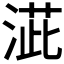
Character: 𣸆